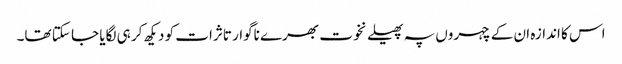
اس کا اندازہ ان کے چہروں پہ پھیلے نخوت بھرے ناگوار تاثرات کو دیکھ کر ہی لگایا جا سکتا تھا۔